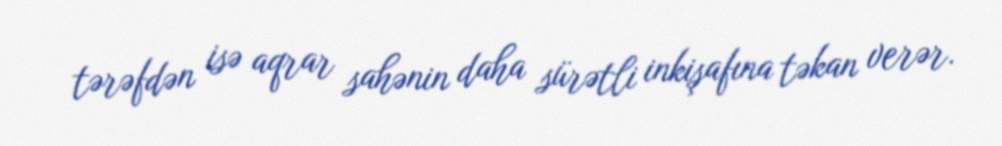
tərəfdən isə aqrar sahənin daha sürətli inkişafına təkan verər.